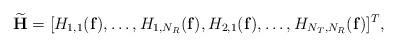
LaTeX: \begin{align*} \widetilde{\mathbf{H}}=[H_{1,1}(\mathbf{f}),\dots,H_{1,N_R}(\mathbf{f}),H_{2,1}(\mathbf{f}),\dots,H_{N_T,N_R}(\mathbf{f})]^T,\end{align*}